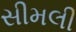
સીમલી